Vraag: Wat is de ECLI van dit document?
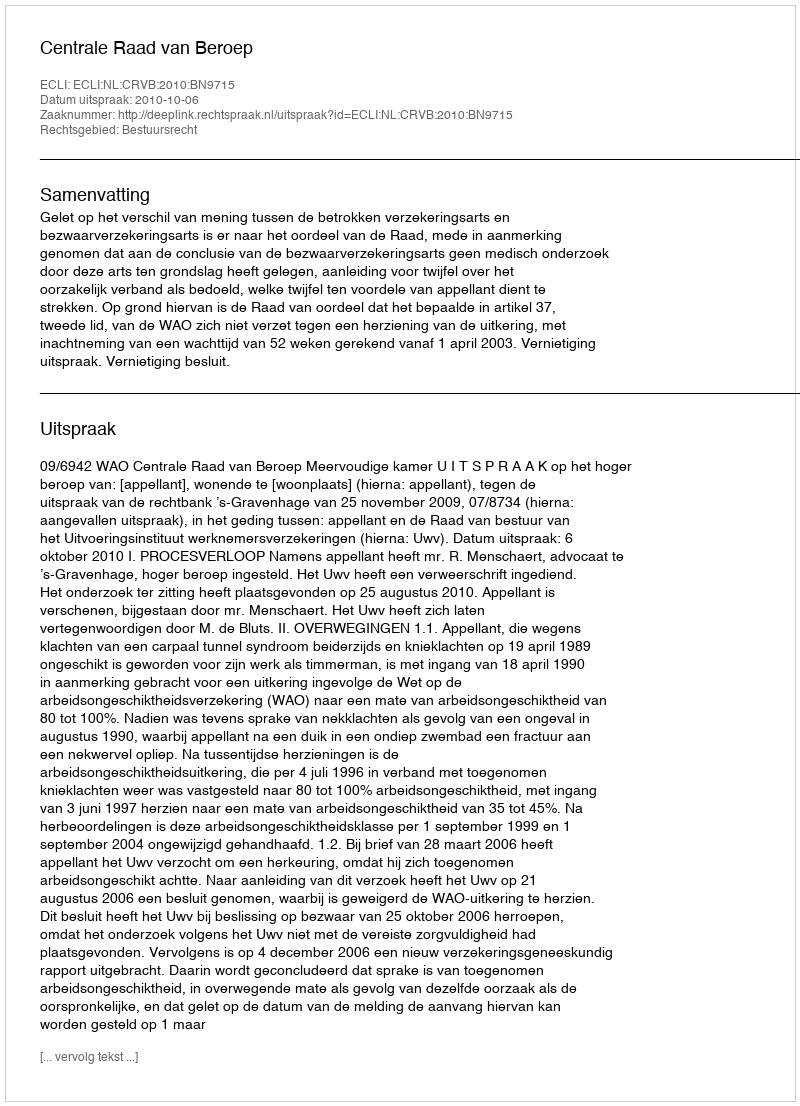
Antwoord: ECLI:NL:CRVB:2010:BN9715